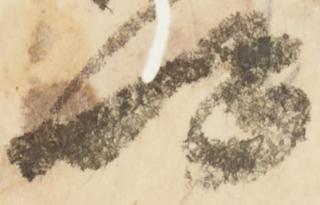
以